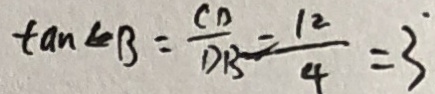
\tan \angle B = \frac { C D } { D B } = \frac { 1 2 } { 4 } = 3 ^ { \cdot }